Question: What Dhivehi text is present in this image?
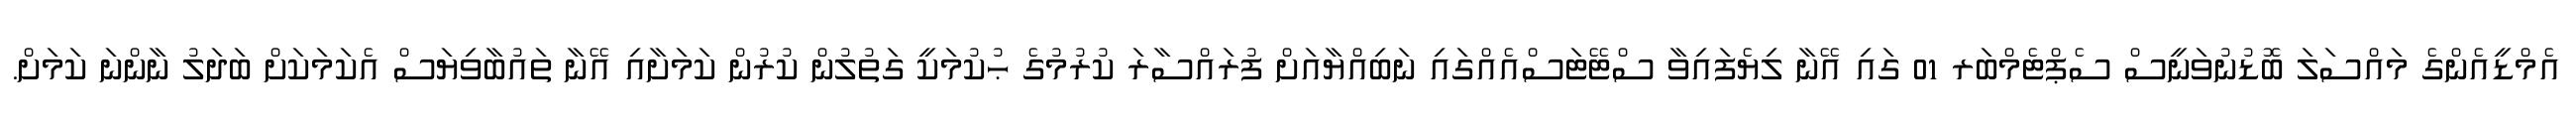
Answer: އެމްޑީއެންގެ މައްސަލަ ބޮޑުނުވަނީސް ސެޕްޓެމްބަރ 01 ގައި އޭނާ ލިޔެފައިވާ ސްޓޭޓަސްއެއްގައި ނަބިއްޔާއަށް ފުރައްސާރަ ކުރުމުގެ ޙުކުމަކީ ގަތުލުން ކުރުން ކަމަށާއި އޭނާ ތައުބާވިޔަސް އެކަމަކަށް ބަދަލު ނާންނަ ކަމަށް.